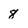
Character: 8